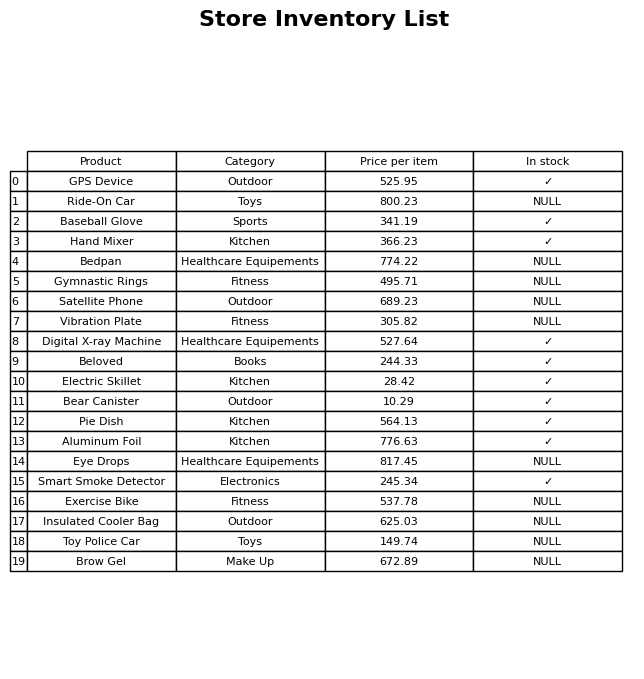
question: What is the price of the Toy Police Car?
answer: The price of Toy Police Car is 149.74.